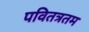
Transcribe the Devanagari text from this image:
पवितत्रतम